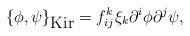
LaTeX: \begin{align*}\{\phi,\psi\}_{\mbox{Kir}}=f_{ij}^k \xi_k\partial^i \phi \partial^j \psi,\end{align*}